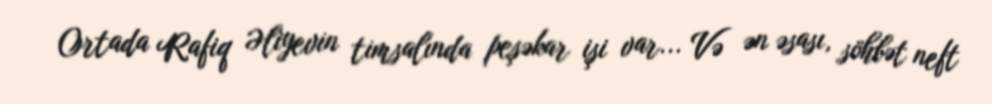
Ortada Rafiq Əliyevin timsalında peşəkar işi var... Və ən əsası, söhbət neft